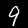
Digit: 9